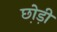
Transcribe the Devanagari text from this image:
छो़ड़ी